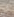
ان